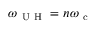
\omega _ { \mathrm { ~ U ~ H ~ } } = n \omega _ { \mathrm { ~ c ~ } }